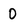
Character: 0